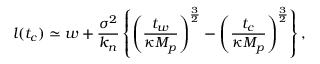
l ( t _ { c } ) \simeq w + { \frac { \sigma ^ { 2 } } { k _ { n } } } \left\{ \left( { \frac { t _ { w } } { \kappa M _ { p } } } \right) ^ { \frac { 3 } { 2 } } - \left( { \frac { t _ { c } } { \kappa M _ { p } } } \right) ^ { \frac { 3 } { 2 } } \right\} ,